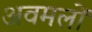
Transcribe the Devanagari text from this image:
अवमलों